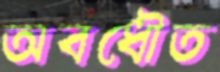
অবধৌত